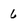
Character: 6